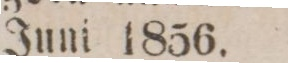
Juni 1856.